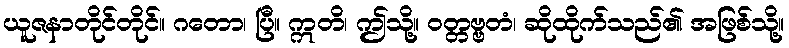
ယူဇနာတိုင်တိုင်။ ဂတော၊ ပြီ။ ဣတိ၊ ဤသို့။ ဝတ္တဗ္ဗတံ၊ ဆိုထိုက်သည်၏ အဖြစ်သို့။